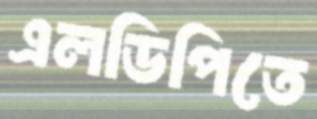
এলডিপিতে